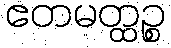
ဧတမတ္ထဉ္စ